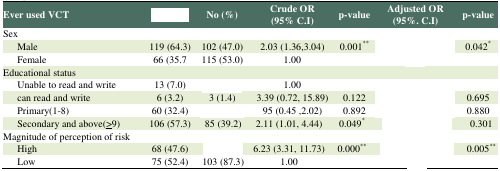
<table><thead><tr><td><b>Ever used VCT</b></td><td>[EMPTY_CELL]</td><td><b>No (%)</b></td><td><b>Crude OR (95% C.I)</b></td><td><b>p-value</b></td><td><b>Adjusted OR (95%. C.I)</b></td><td><b>p-value</b></td></tr></thead><tbody><tr><td>Sex</td><td>[EMPTY_CELL]</td><td>[EMPTY_CELL]</td><td>[EMPTY_CELL]</td><td>[EMPTY_CELL]</td><td>[EMPTY_CELL]</td><td>[EMPTY_CELL]</td></tr><tr><td>Male</td><td>119 (64.3)</td><td>102 (47.0)</td><td>2.03 (1.36,3.04)</td><td>0.001**</td><td>[EMPTY_CELL]</td><td>0.042*</td></tr><tr><td>Female</td><td>66 (35.7</td><td>115 (53.0)</td><td>1.00</td><td>[EMPTY_CELL]</td><td>[EMPTY_CELL]</td><td>[EMPTY_CELL]</td></tr><tr><td>Educational status</td><td>[EMPTY_CELL]</td><td>[EMPTY_CELL]</td><td>[EMPTY_CELL]</td><td>[EMPTY_CELL]</td><td>[EMPTY_CELL]</td><td>[EMPTY_CELL]</td></tr><tr><td>Unable to read and write</td><td>13 (7.0)</td><td>[EMPTY_CELL]</td><td>1.00</td><td>[EMPTY_CELL]</td><td>[EMPTY_CELL]</td><td>[EMPTY_CELL]</td></tr><tr><td>can read and write</td><td>6 (3.2)</td><td>3 (1.4)</td><td>3.39 (0.72, 15.89)</td><td>0.122</td><td>[EMPTY_CELL]</td><td>0.695</td></tr><tr><td>Primary(1-8)</td><td>60 (32.4)</td><td>[EMPTY_CELL]</td><td>95 (0.45 ,2.02)</td><td>0.892</td><td>[EMPTY_CELL]</td><td>0.880</td></tr><tr><td>Secondary and above(<underline>&gt;</underline>9)</td><td>106 (57.3)</td><td>85 (39.2)</td><td>2.11 (1.01, 4.44)</td><td>0.049*</td><td>[EMPTY_CELL]</td><td>0.301</td></tr><tr><td>Magnitude of perception of risk</td><td>[EMPTY_CELL]</td><td>[EMPTY_CELL]</td><td>[EMPTY_CELL]</td><td>[EMPTY_CELL]</td><td>[EMPTY_CELL]</td><td>[EMPTY_CELL]</td></tr><tr><td>High</td><td>68 (47.6)</td><td>[EMPTY_CELL]</td><td>6.23 (3.31, 11.73)</td><td>0.000**</td><td>[EMPTY_CELL]</td><td>0.005**</td></tr><tr><td>Low</td><td>75 (52.4)</td><td>103 (87.3)</td><td>1.00</td><td>[EMPTY_CELL]</td><td>[EMPTY_CELL]</td><td>[EMPTY_CELL]</td></tr></tbody></table>